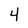
Character: 4